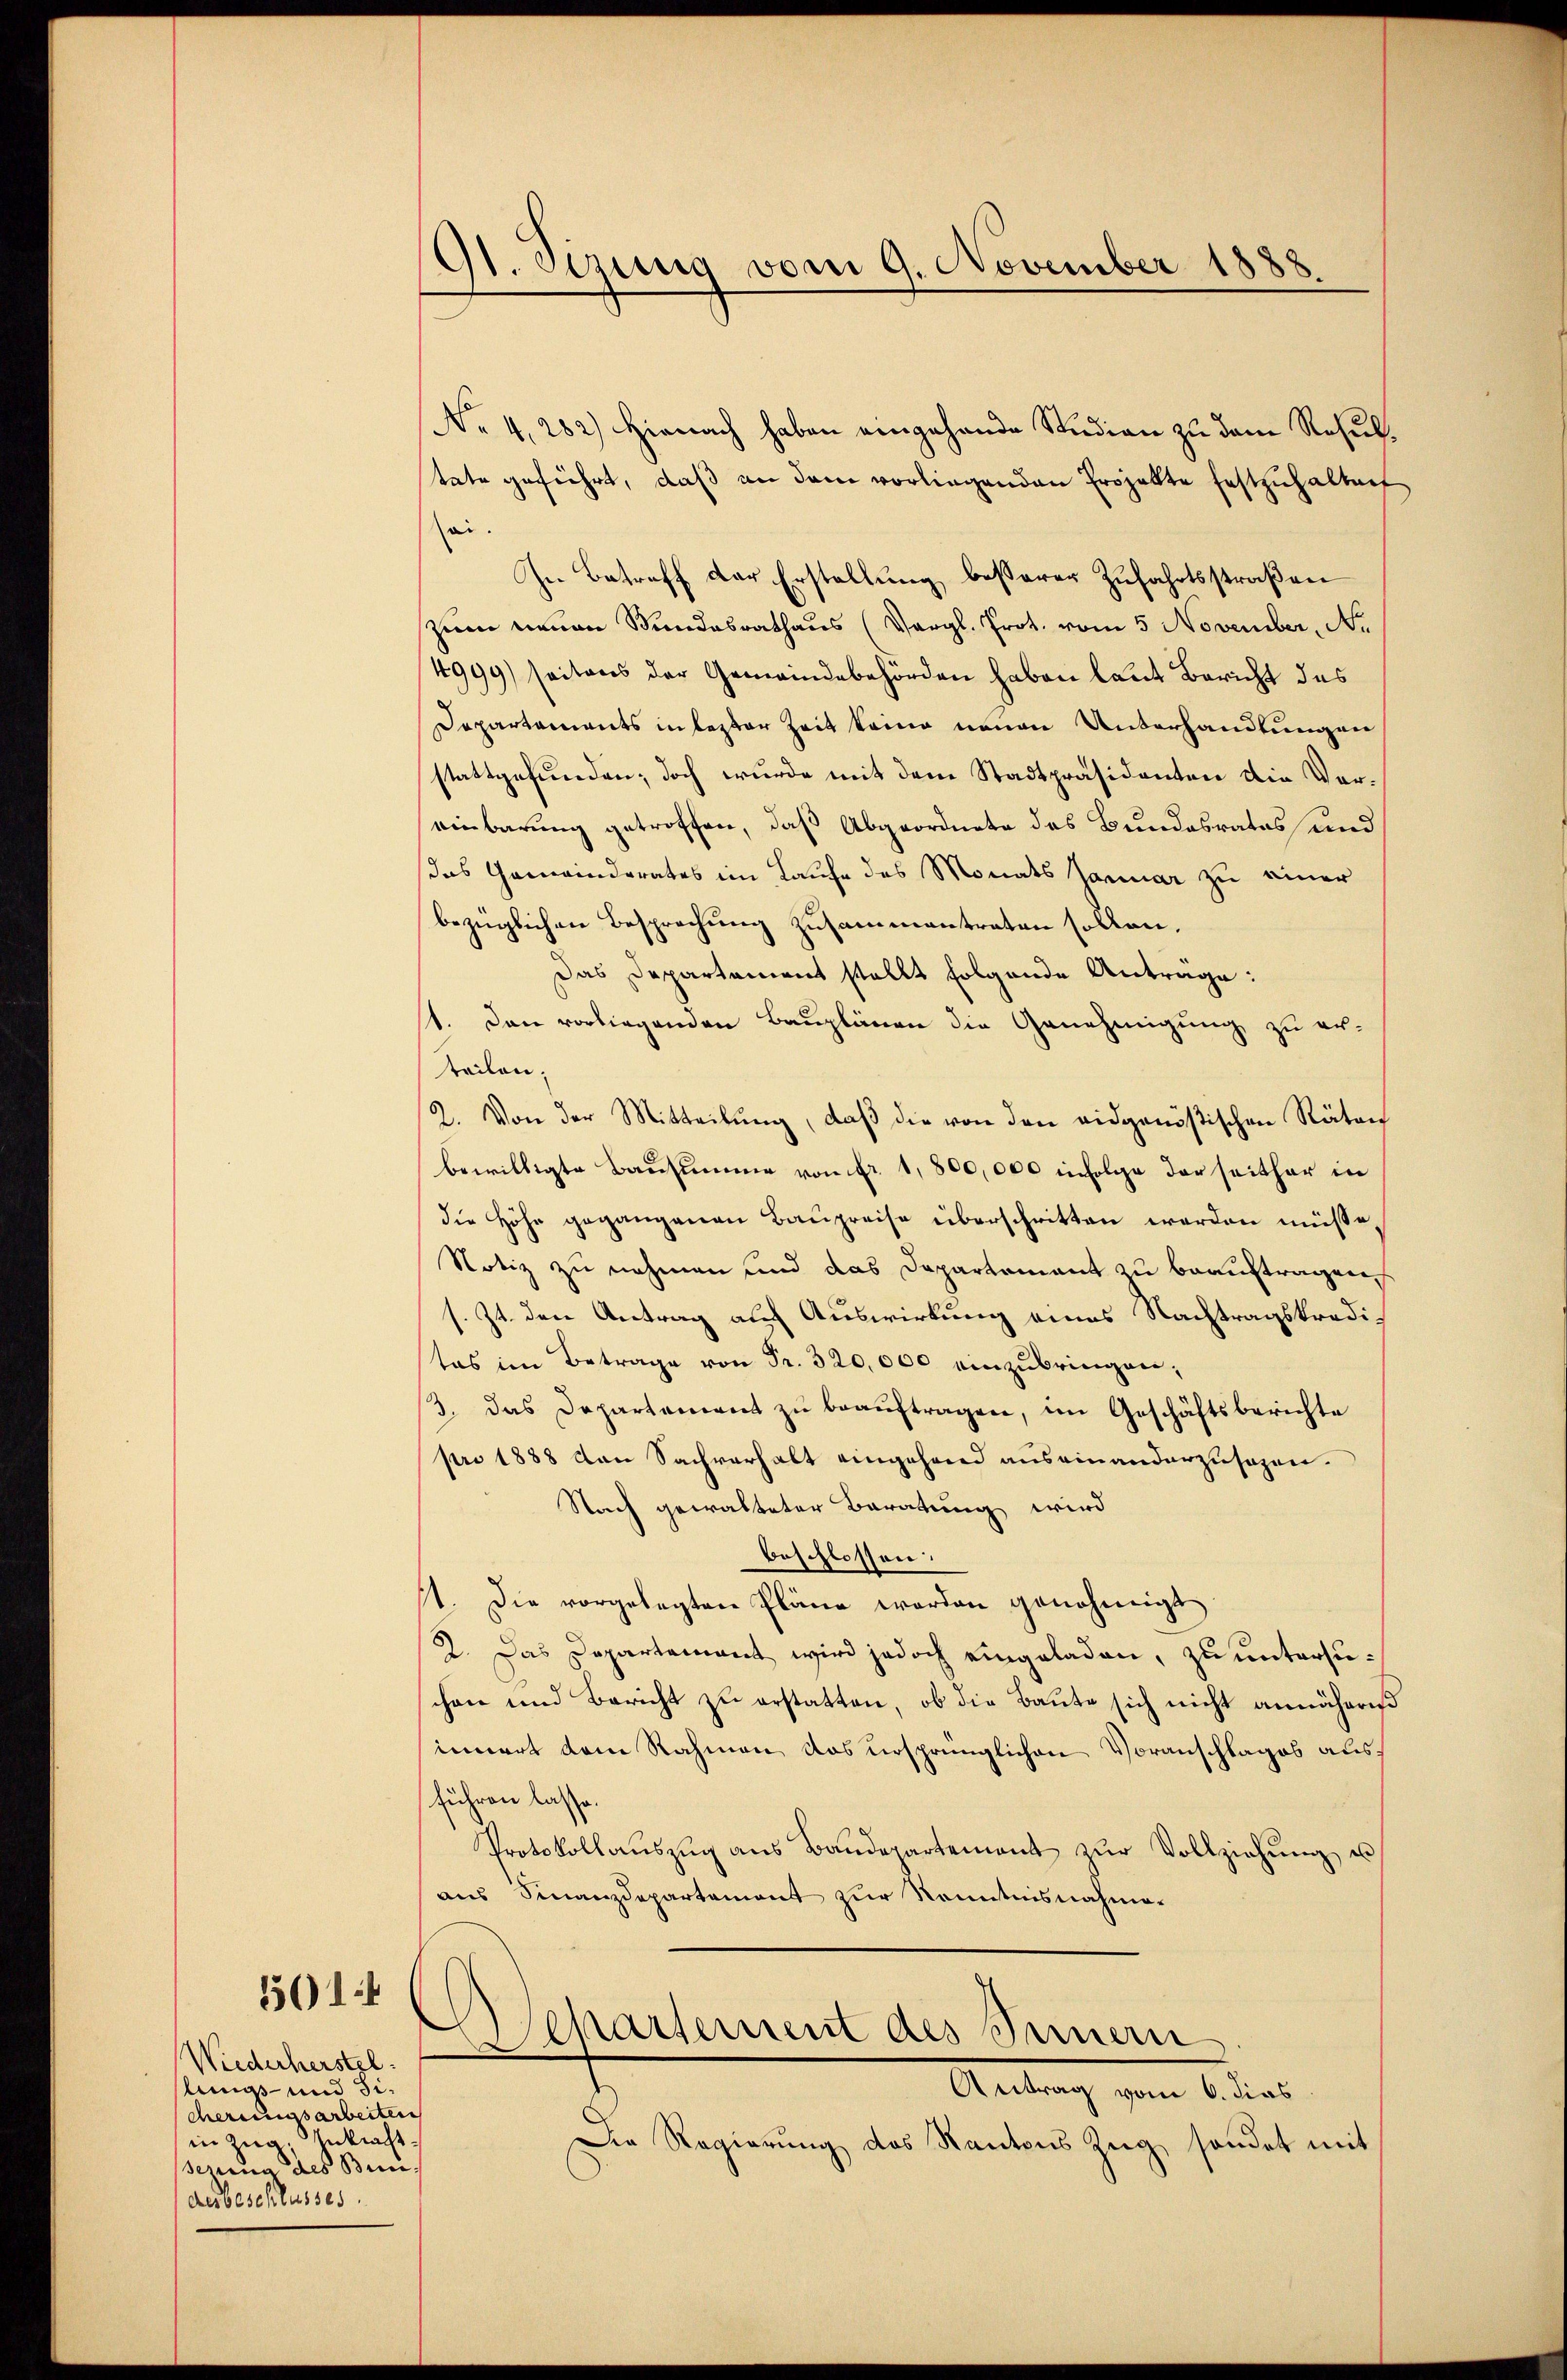
Wiederherstel
lungs- und Sicherungsarbeiten
in Zug, Znkraft.
schung des Bun
desbeschlusses.

5014

St. Sizung vom 9. November 1888.

No 4,282) Hienach haben eingehande Studien zu dem Resultate geführt, daß an dem vorliegenden Projekte festzuhalten
sei.
In Betreff der Erstellung besserer Zufahrtsstraßen
zwen neuen Bundesrathaus (Vergl. Prot. vom 5 November, Ar
4999) seitens der Gemeindebehörden haben laut Bericht das
Departaments in lezter Zeit keine neuen Unterhandlungen
stattgefunden; doch wurde mit dem Stadtpräsidenten die Voreinbarung getroffen, daß Abgeordnete des Bundesrates und
das Gemeinderates im Laufe des Monats Januar zu einer
bezüglichen Besprechung zusammentraten sollen.
Das Departament stellt folgende Anträge:
1. Den vorliegenden Bauplänen die Genehmigung zu er-
teilen;
2. Von der Mitteilŭng, daß die von den eidgenößischen Räten
bewilligte Bausumme von Fr. 1,800,000 infolge der seither in
die Höhe gegangenen Baupreise überschritten werden müsse,
Notiz zu nehmen und das Departement zu beauftragen,
s. Zt. den Antrag auf Auswirkung eines Nachtragskreditas im Betrage von Fr. 320,000 einzubringen,
3. das Departement zŭ beaŭftragen, im Geschäftsberichte
pro 1888 von Sachverhalt eingehend auseinanderzusagen.
Nach gewalteter Beratung wird
beschlossen:
11. Die vorgelegten Pläne werden genehmigt
2. Das Departement wird jedoch eingeladen, zu untersuchen und Bericht zu erstatten, ob die Baute sich nicht annäheres
innert dem Rahmen das ursprünglichen Voranschlages ausführen lasse.
Protokollaŭszŭg ans Baŭdepartement zŭr Vollziehŭng u
aus Finanzdepartement zur Kenntnisnahme¬

schartement des Innern
Antrag vom 6. dies

Die Regierŭng des Kantons Zŭg sondet mit